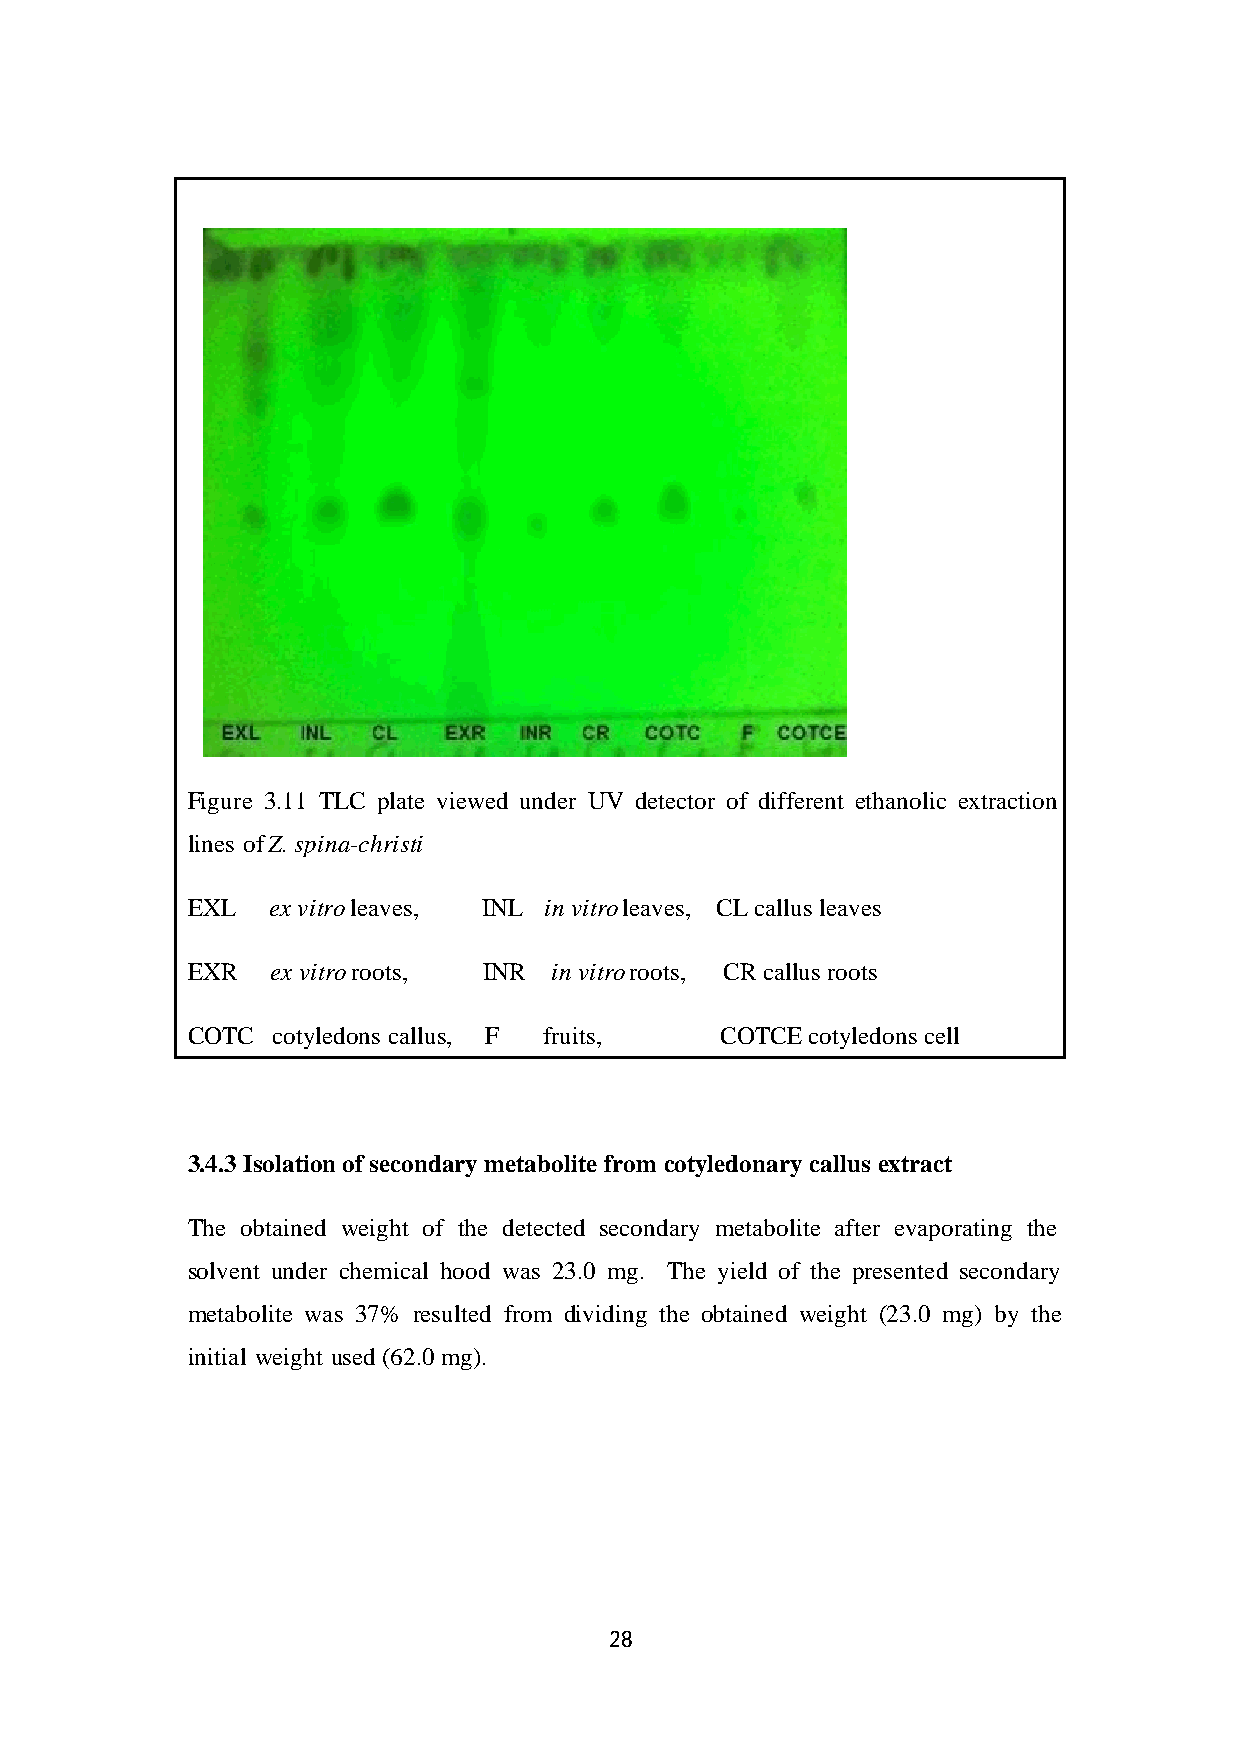
Figure 3.11 TLC plate viewed under UV detector of different ethanolic extraction
 lines of Z. spina-christi
 EXL   ex vitro leaves, INL in vitro leaves, CL callus leaves
 EXR   ex vitro roots, INR in vitro roots, CR callus roots
 COTC  cotyledons callus, F fruits,  COTCE cotyledons cell
 3.4.3 Isolation of secondary metabolite from cotyledonary callus extract
 The obtained weight of the detected secondary metabolite after evaporating the
 solvent under chemical hood was 23.0 mg. The yield of the presented secondary
 metabolite was 37% resulted from dividing the obtained weight (23.0 mg) by the
 initial weight used (62.0 mg).
 28